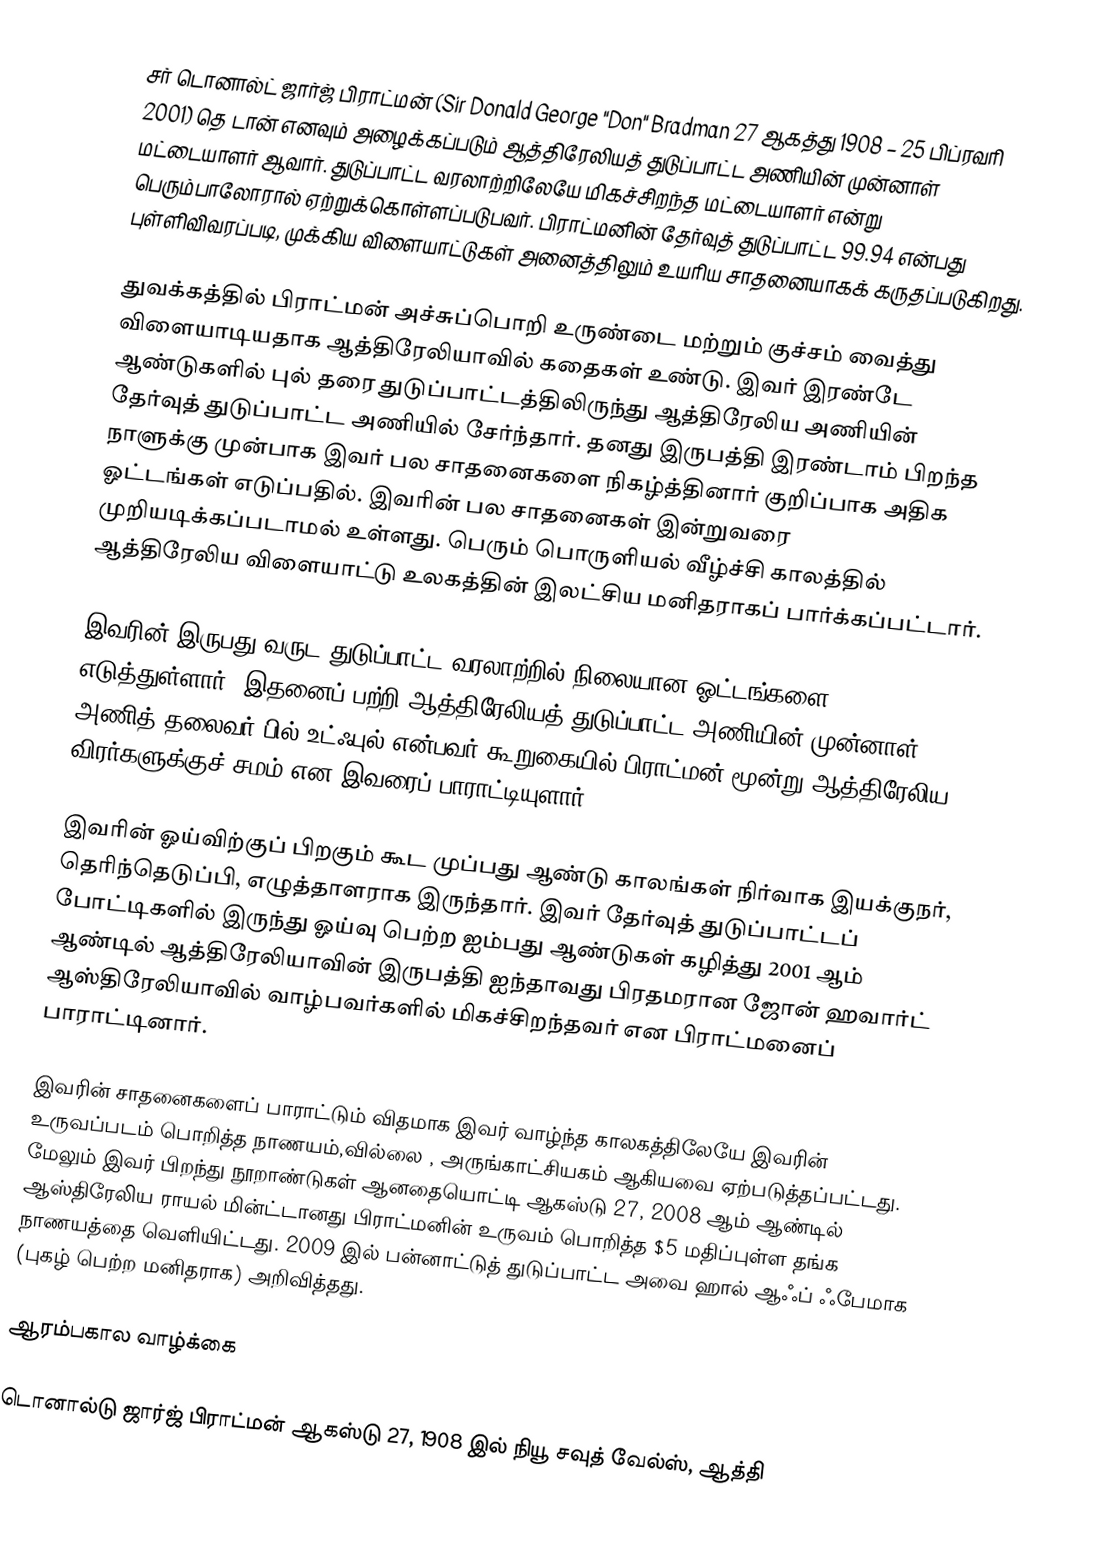
சர் டொனால்ட் ஜார்ஜ் பிராட்மன் (Sir Donald George "Don" Bradman 27 ஆகத்து 1908 – 25 பிப்ரவரி 2001)  தெ டான் எனவும் அழைக்கப்படும் ஆத்திரேலியத் துடுப்பாட்ட அணியின் முன்னாள் மட்டையாளர் ஆவார். துடுப்பாட்ட வரலாற்றிலேயே மிகச்சிறந்த மட்டையாளர் என்று பெரும்பாலோரால் ஏற்றுக்கொள்ளப்படுபவர். பிராட்மனின் தேர்வுத் துடுப்பாட்ட 99.94 என்பது புள்ளிவிவரப்படி, முக்கிய விளையாட்டுகள் அனைத்திலும் உயரிய சாதனையாகக் கருதப்படுகிறது.

துவக்கத்தில் பிராட்மன் அச்சுப்பொறி உருண்டை மற்றும் குச்சம் வைத்து விளையாடியதாக ஆத்திரேலியாவில் கதைகள் உண்டு. இவர் இரண்டே ஆண்டுகளில் புல் தரை துடுப்பாட்டத்திலிருந்து ஆத்திரேலிய அணியின் தேர்வுத் துடுப்பாட்ட அணியில் சேர்ந்தார். தனது இருபத்தி இரண்டாம் பிறந்த நாளுக்கு முன்பாக இவர் பல சாதனைகளை நிகழ்த்தினார் குறிப்பாக அதிக ஓட்டங்கள் எடுப்பதில். இவரின் பல சாதனைகள் இன்றுவரை முறியடிக்கப்படாமல் உள்ளது. பெரும் பொருளியல் வீழ்ச்சி காலத்தில் ஆத்திரேலிய விளையாட்டு உலகத்தின் இலட்சிய மனிதராகப் பார்க்கப்பட்டார்.

இவரின் இருபது வருட துடுப்பாட்ட வரலாற்றில் நிலையான ஓட்டங்களை எடுத்துள்ளார். இதனைப்  பற்றி ஆத்திரேலியத் துடுப்பாட்ட அணியின் முன்னாள் அணித் தலைவர் பில் உட்ஃபுல் என்பவர் கூறுகையில் பிராட்மன் மூன்று ஆத்திரேலிய விரர்களுக்குச் சமம் என இவரைப் பாராட்டியுளார்.

இவரின் ஓய்விற்குப் பிறகும் கூட முப்பது ஆண்டு காலங்கள் நிர்வாக இயக்குநர், தெரிந்தெடுப்பி, எழுத்தாளராக இருந்தார். இவர் தேர்வுத் துடுப்பாட்டப் போட்டிகளில் இருந்து ஓய்வு பெற்ற ஐம்பது ஆண்டுகள் கழித்து 2001 ஆம் ஆண்டில் ஆத்திரேலியாவின் இருபத்தி ஐந்தாவது பிரதமரான ஜோன் ஹவார்ட் ஆஸ்திரேலியாவில் வாழ்பவர்களில் மிகச்சிறந்தவர் என பிராட்மனைப் பாராட்டினார்.

இவரின் சாதனைகளைப் பாராட்டும் விதமாக இவர் வாழ்ந்த காலகத்திலேயே இவரின் உருவப்படம் பொறித்த நாணயம்,வில்லை , அருங்காட்சியகம் ஆகியவை ஏற்படுத்தப்பட்டது. மேலும் இவர் பிறந்து நூறாண்டுகள் ஆனதையொட்டி ஆகஸ்டு 27, 2008 ஆம் ஆண்டில் ஆஸ்திரேலிய ராயல் மின்ட்டானது  பிராட்மனின் உருவம் பொறித்த $5 மதிப்புள்ள தங்க நாணயத்தை வெளியிட்டது. 2009 இல் பன்னாட்டுத் துடுப்பாட்ட அவை ஹால் ஆஃப் ஃபேமாக (புகழ் பெற்ற மனிதராக) அறிவித்தது.

ஆரம்பகால வாழ்க்கை

டொனால்டு ஜார்ஜ் பிராட்மன் ஆகஸ்டு 27, 1908 இல் நியூ சவுத் வேல்ஸ், ஆத்தி